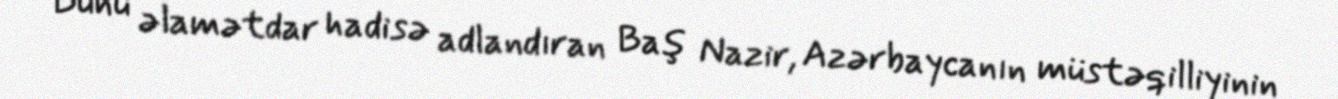
Bunu əlamətdar hadisə adlandıran Baş Nazir, Azərbaycanın müstəqilliyinin